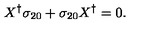
X ^ { \dagger } \sigma _ { 2 0 } + \sigma _ { 2 0 } X ^ { \dagger } = 0 .